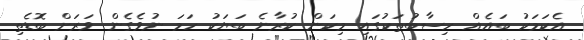
އެކަމަކު ބައެއް ހިސާބުތަކުގައި މިކަން ކުރާނެ ބަޔަކު ހަމަ ނުވެގެން ވަރަށް ބޮޑެތި